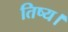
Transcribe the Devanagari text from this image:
तिष्य।